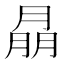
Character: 𦜳